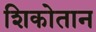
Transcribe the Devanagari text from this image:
शिकोतान